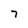
Character: 7